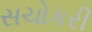
સચોકરી